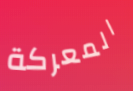
المعركة